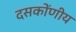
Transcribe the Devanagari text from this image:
दसकोंणीय